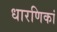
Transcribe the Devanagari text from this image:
धारणिकां